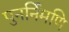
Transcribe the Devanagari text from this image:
पुनर्निमणि